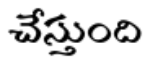
చేస్తుంది